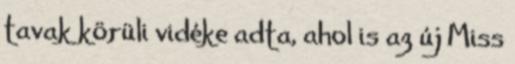
tavak körüli vidéke adta, ahol is az új Miss